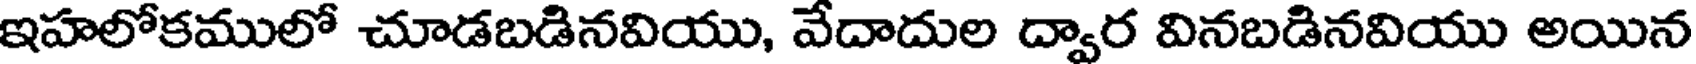
ఇహలోకములో చూడబడినవియు, వేదాదుల ద్వార వినబడినవియు అయిన